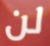
لن